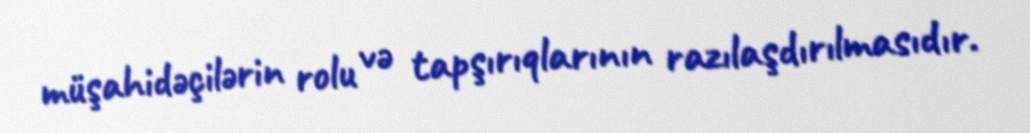
müşahidəçilərin rolu və tapşırıqlarının razılaşdırılmasıdır.